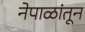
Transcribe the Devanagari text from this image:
नेपाळांतून